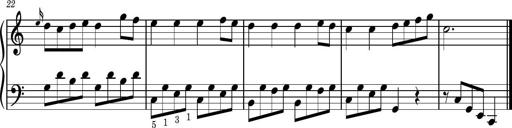
Title: Easy Progressive Lessons and 4 Sonatinas
Composer: Thomas Attwood